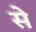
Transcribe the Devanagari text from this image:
से